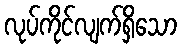
လုပ်ကိုင်လျက်ရှိသော